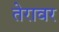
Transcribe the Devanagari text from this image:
तेरावर